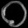
Digit: ၀